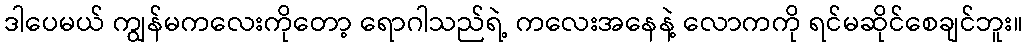
ဒါပေမယ် ကျွန်မကလေးကိုတော့ ရောဂါသည်ရဲ့ ကလေးအနေနဲ့ လောကကို ရင်မဆိုင်စေချင်ဘူး။